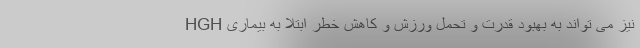
HGH نیز می تواند به بهبود قدرت و تحمل ورزش و کاهش خطر ابتلا به بیماری